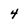
Character: 4